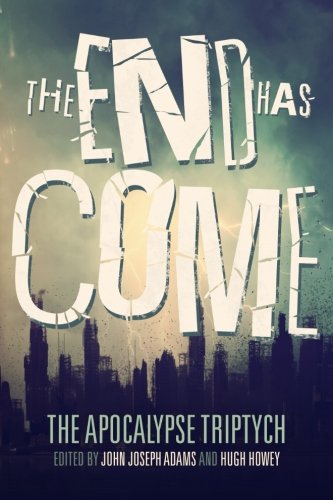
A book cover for The End Has Come (The Apocalypse Triptych) (Volume 3); Hugh Howey; Science Fiction & Fantasy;